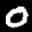
Label: 0